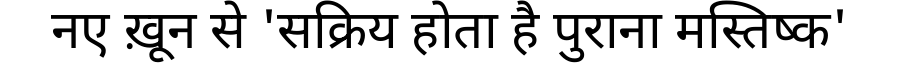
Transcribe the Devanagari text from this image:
नए ख़ून से 'सक्रिय होता है पुराना मस्तिष्क'